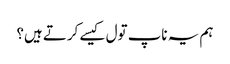
ہم یہ ناپ تول کیسے کرتے ہیں؟